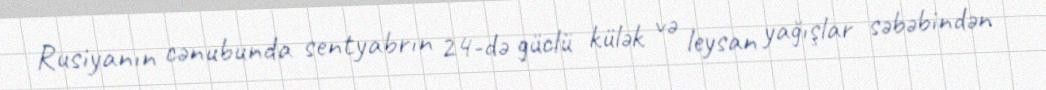
Rusiyanın cənubunda sentyabrın 24-də güclü külək və leysan yağışlar səbəbindən